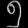
Digit: ၅